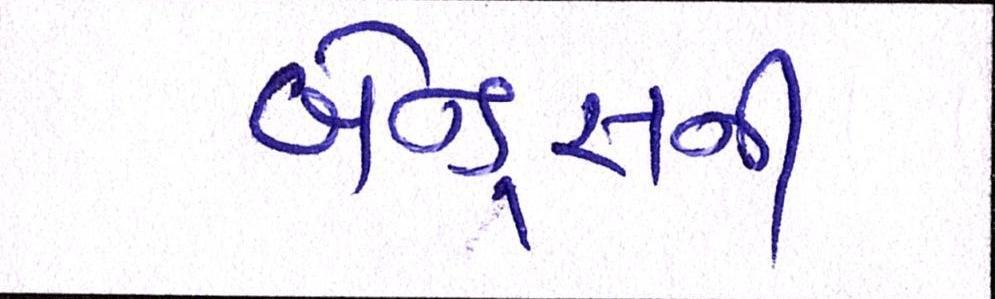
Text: બેન્ડ્સની